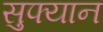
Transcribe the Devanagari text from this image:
सुफ्यान